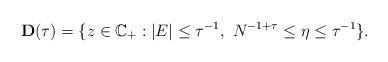
LaTeX: \begin{align*} \mathbf{D}(\tau)= \{ z \in \mathbb{C}_{+}: | E | \leq \tau^{-1}, \ N^{-1+\tau} \leq \eta \leq \tau^{-1} \} .\end{align*}